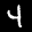
Label: 4